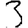
Digit: 3